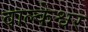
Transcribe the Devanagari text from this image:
वाल्केश्वर